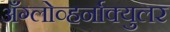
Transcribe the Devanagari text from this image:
अँग्लोव्हर्नाक्युलर